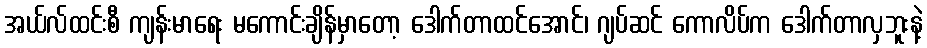
အယ်လ်ထင်းစီ ကျန်းမာရေး မကောင်းချိန်မှာတော့ ဒေါက်တာထင်အောင်၊ ဂျပ်ဆင် ကောလိပ်က ဒေါက်တာလှဘူးနဲ့